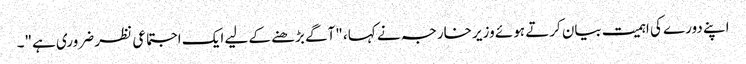
اپنے دورے کی اہمیت بیان کرتے ہوئے وزیر خارجہ نے کہا، "آگے بڑھنے کے لیے ایک اجتماعی نظر ضروری ہے"۔